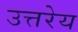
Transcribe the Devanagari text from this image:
उत्तरेय